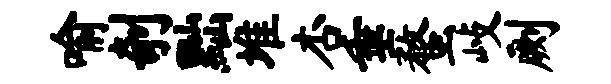
喻剞黜堆杏垂蝥歧劂